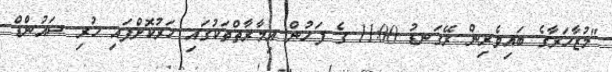
"މުޒާހަރާގެ ބައިވެރިން ރޭގަނޑު 11:00 ގެ ފަހުން އިމާރާތްތަކުގައި ހަރުކޮށްފައި ހުރި ސައުންޑް